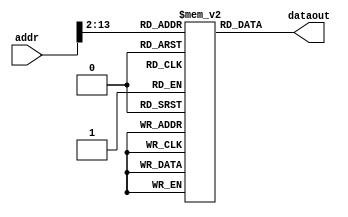
`timescale 1ps/1ps
module instMem(input [31:0] addr, output [31:0] dataout);

      parameter [5:0] LW = 6'b011100, RT = 6'b000000, ADD = 6'b000100, BEQ = 6'b100000,
		 ADDI = 6'b000001,SW =6'b011101, J = 6'b010000,SLT = 6'b010101,
		 BNE = 6'b101000, JAL = 6'b011000, SLTI = 6'b010001, 
		 SUB = 6'b010100 , JR = 6'b000001 ; 
      parameter [4:0] SUM_R = 5'b00110, CNT_R = 5'b00001, OP_R = 5'b00010, END = 5'b01010,
		 R_0 = 5'b00000, R_1 = 5'b00001;
      parameter [15:0] EADDR = 16'd4, START = 16'd1000, SADD = 16'd2000; 
      integer i = 0;  
      reg [31:0] ram [0:4000];  
     
      //filling instructions to sum all elements of an array of length 10;
      initial begin  
      		ram[0] = {BEQ, END, CNT_R, EADDR};
		ram[1] = {LW, CNT_R, OP_R, START};
		ram[2] = {RT, SUM_R, OP_R, SUM_R,5'b0,ADD};
		ram[3] = {ADDI, CNT_R, CNT_R, 16'd1};
		ram[4] = { J, 26'b0 };
		ram[5] = {SW, R_0, SUM_R, SADD};
		/*ram[0] = { RT , OP_R, 15'b0, JR};//correct
		ram[1] = 32'b0;
		ram[2] = {RT ,R_0, OP_R, R_1,5'b0, SLT};// R_1 <= 1 
		ram[3] = {BNE,  R_0, R_1, 16'd1};// jump to 16'd5
		ram[4] = {32'b0};
		ram[5] = {SLTI,R_1,SUM_R, 16'd2}; // SUM_R < 1
		ram[6] = {JAL, 26'd1}; // jump to zero  */
      end 
      
      assign dataout = ram[{2'b00, addr[31:2]}];
endmodule